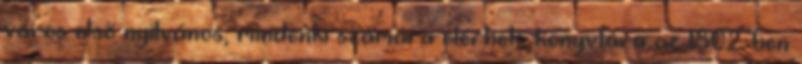
város első nyilvános, mindenki számára elérhető könyvtára az 1802-ben